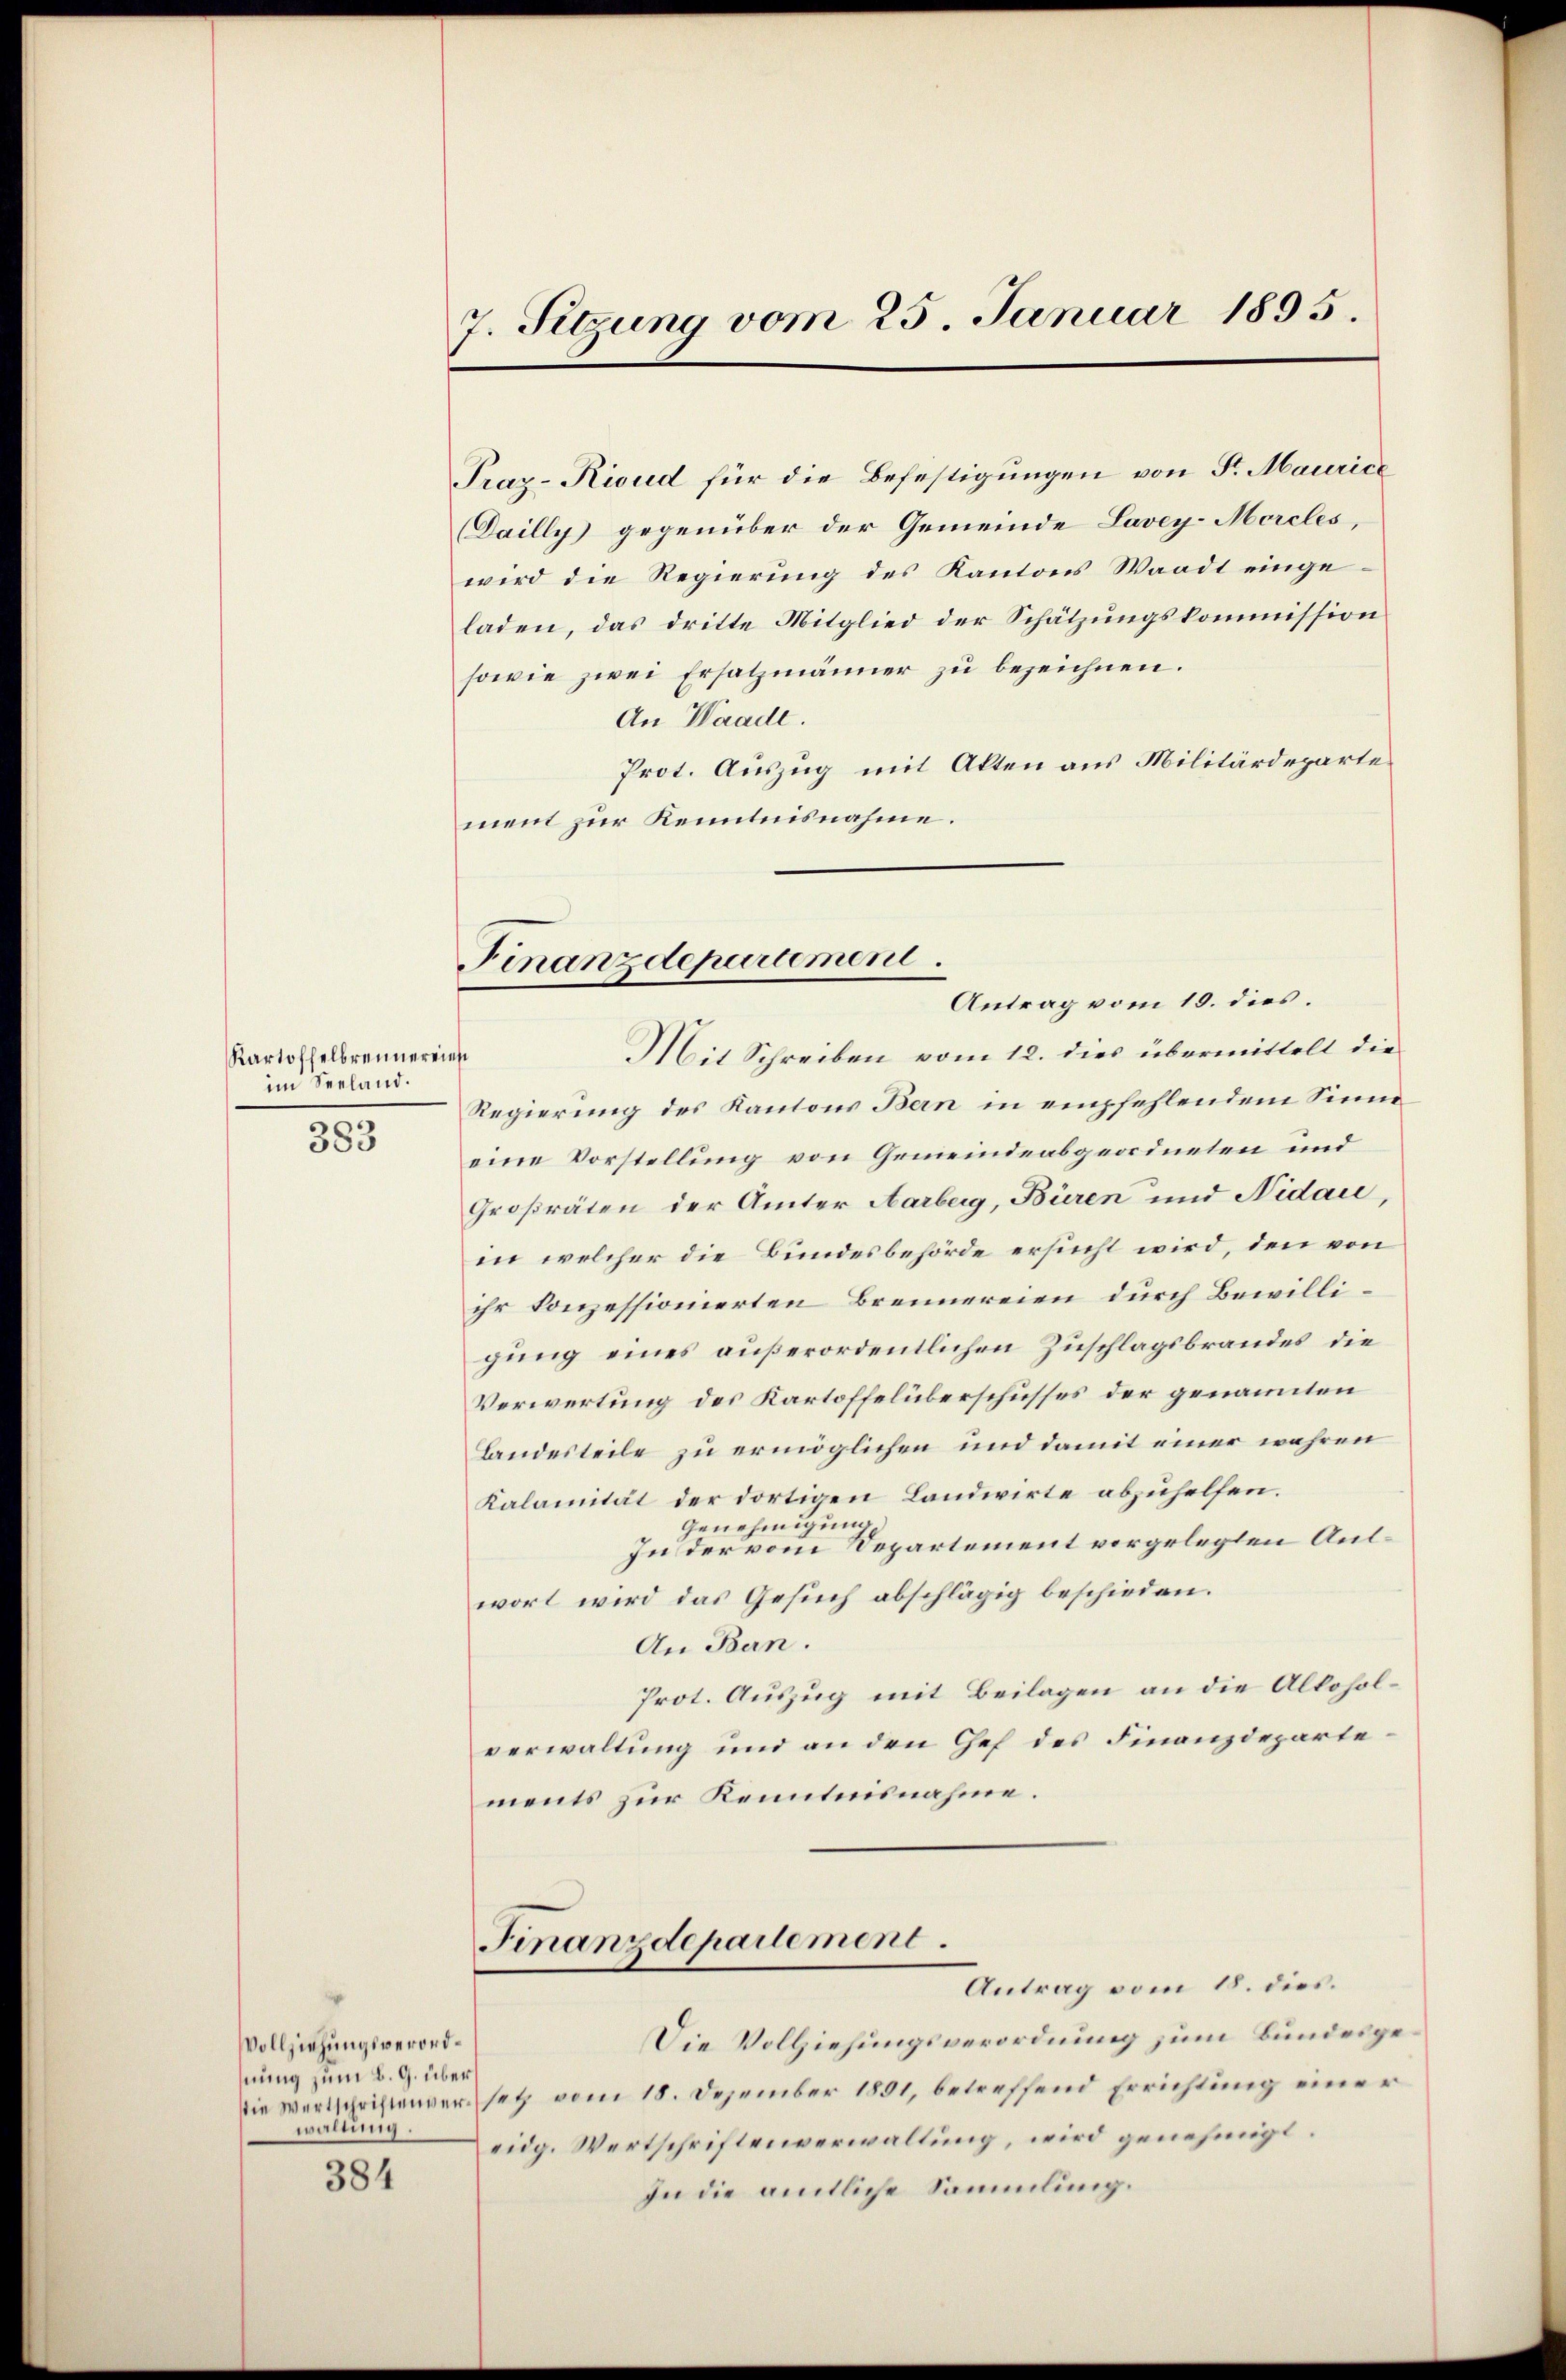
Kartoffelbrennereinst
im Seeland.
.

383

Vollziehungsverordhnung zum B. G. über
waltung.

384

7. Setzung vom 25. Januar 1895.

Praz-Rioud für die Befestigungen von Sr. Maurice
Dailly gegenüber der Gemeinde Lavey-Morcles,
wird die Regierung des Kantons Waadt eingeladen, das dritte Mitglied der Schätzungskommission
sowie zwei Ersatzmänner zu bezeichnen.
An Waade.
Prot. Auszug mit Akten aus Militärdeparte
ment zur Kenntnisnahme.
Antrag vom 19. dies.
Mit Schreiben vom 12. dies übermittelt die
Regierung des Kantons Bern in empfehlendem Sinne
eine Vorstellung von Gemeindeabgeordneten und
Großräten der Ämter Aarberg, Büren und Nidau,
in welcher die Bundesbehörde ersucht wird, den von
ihr konzessionierten Brennereien durch Bewilligung eines außerordentlichen Zuschlagsbrandes, die
Verwertung des Kartoffelüberschusses der genannten
Landesteile zu ermöglichen und damit einer wahren
Kalamität der dortigen Landwirte abzuhelfen.
Genehmige
In der vom Departement vorgelegten Aufwort wird das Gesuch abschlägig beschieden.
An Ban.
Prot. Auszug mit Beilagen an die Alloholverwaltung und an den Chef des Finanzdepartements zur Kenntnisnahme.
Finanzdepartement.
Antrag vom 18. dies.
Die Vollziehungsverordnung zum Bundesge¬
Die Wertschriftenversetz vom 18. Dezember 1891, betreffend Errichtung einer
eidg. Wertschriftenverwaltung, wird genehmigt.
In die amtliche Sammlung.

Finanzdepartement.